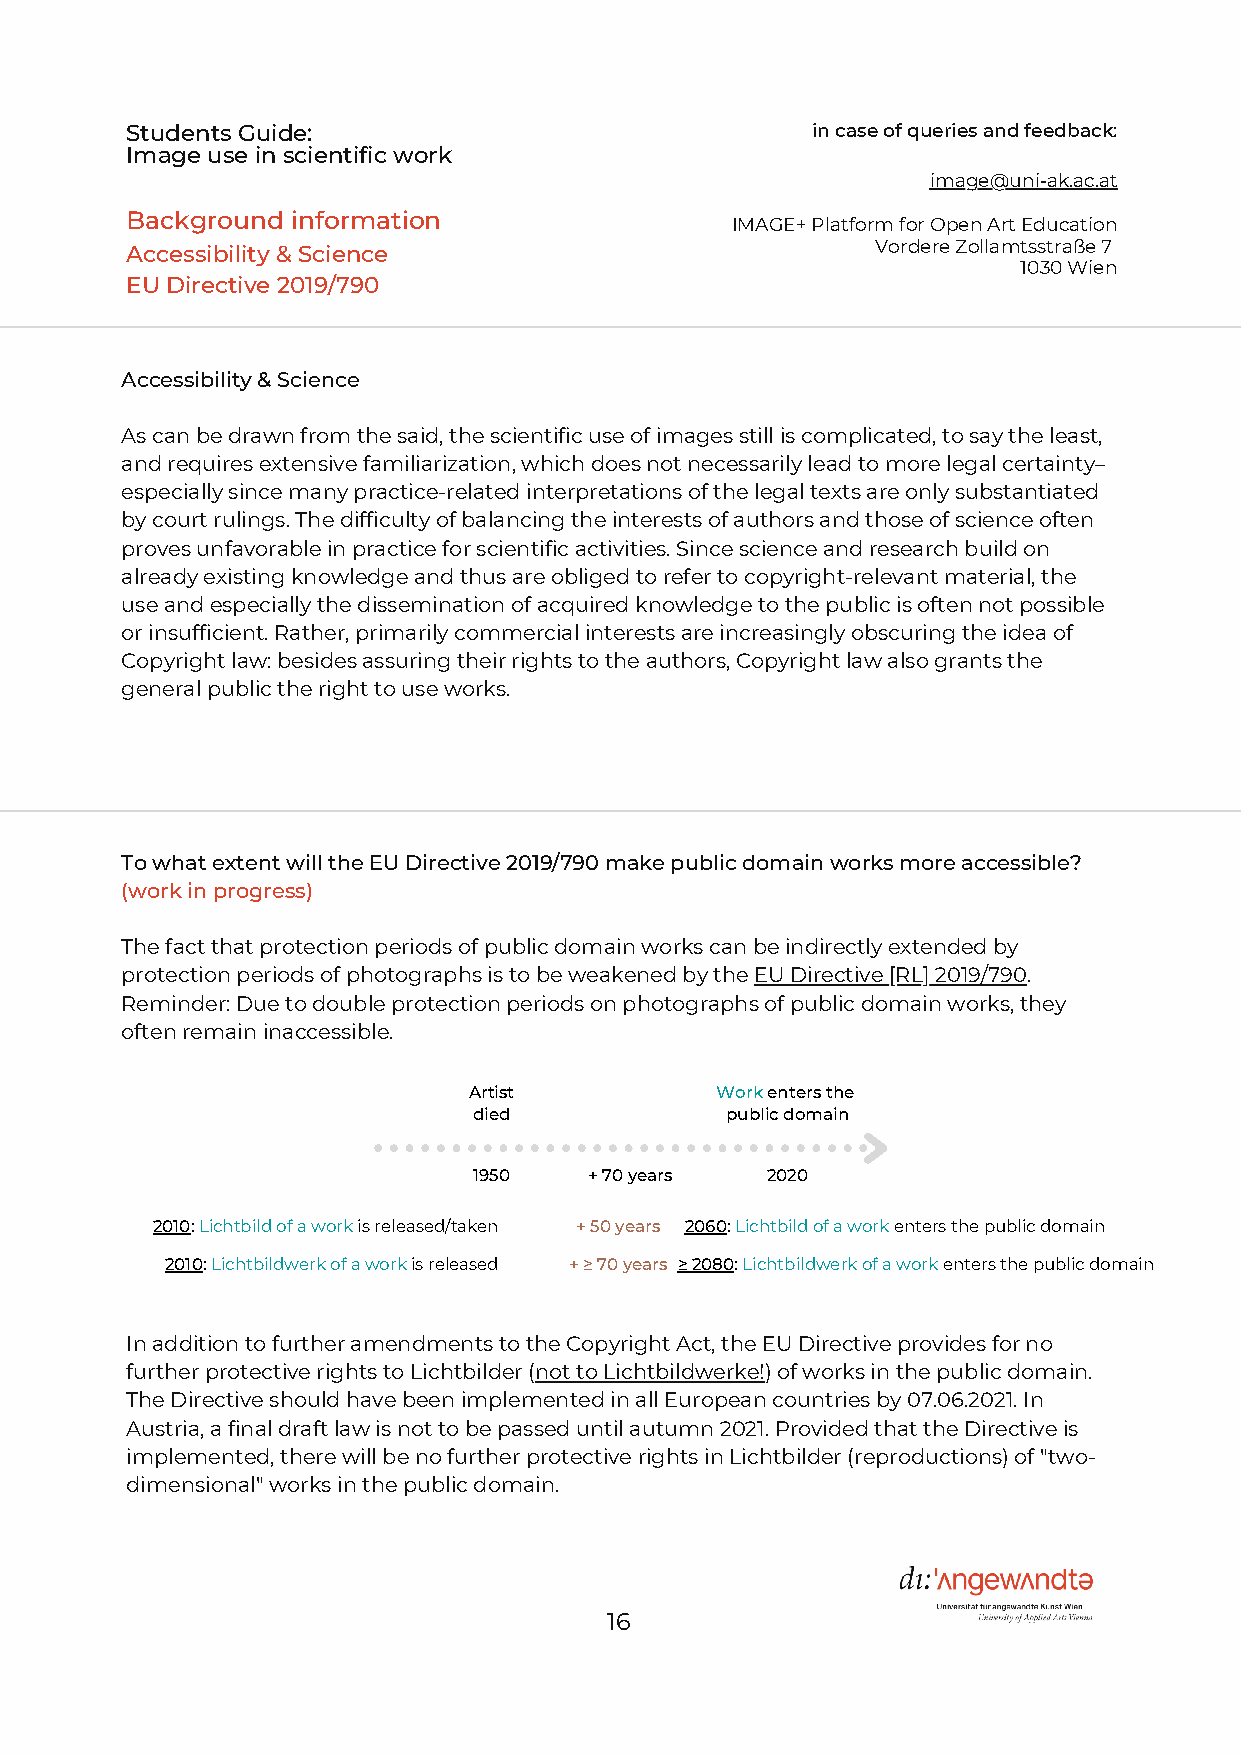
Students Guide:                               in case of queries and feedback:
 Image use in scientific work
 image@uni-ak.ac.at
 Background information
 IMAGE+ Platform for Open Art Education
 Accessibility & Science                           Vordere Zollamtsstraße 7
 1030 Wien
 EU Directive 2019/790
 Accessibility & Science
 As can be drawn from the said, the scientific use of images still is complicated, to say the least,
 and requires extensive familiarization, which does not necessarily lead to more legal certainty–
 especially since many practice-related interpretations of the legal texts are only substantiated
 by court rulings. The difficulty of balancing the interests of authors and those of science often
 proves unfavorable in practice for scientific activities. Since science and research build on
 already existing knowledge and thus are obliged to refer to copyright-relevant material, the
 use and especially the dissemination of acquired knowledge to the public is often not possible
 or insufficient. Rather, primarily commercial interests are increasingly obscuring the idea of
 Copyright law: besides assuring their rights to the authors, Copyright law also grants the
 general public the right to use works.
 To what extent will the EU Directive 2019/790 make public domain works more accessible?
 (work in progress)
 The fact that protection periods of public domain works can be indirectly extended by
 protection periods of photographs is to be weakened by the EU Directive [RL] 2019/790.
 Reminder: Due to double protection periods on photographs of public domain works, they
 often remain inaccessible.
 Artist          Work enters the
 died             public domain
 1950    + 70 years  2020
 2010: Lichtbild of a work is released/taken + 50 years 2060: Lichtbild of a work enters the public domain
 2010: Lichtbildwerk of a work is released + ≥ 70 years ≥ 2080: Lichtbildwerk of a work enters the public domain
 In addition to further amendments to the Copyright Act, the EU Directive provides for no
 further protective rights to Lichtbilder (not to Lichtbildwerke!) of works in the public domain.
 The Directive should have been implemented in all European countries by 07.06.2021. In
 Austria, a final draft law is not to be passed until autumn 2021. Provided that the Directive is
 implemented, there will be no further protective rights in Lichtbilder (reproductions) of "two-
 dimensional" works in the public domain.
 16